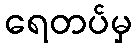
ရေတပ်မှ